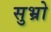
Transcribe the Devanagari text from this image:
सुभ्रो